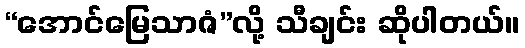
“အောင်မြေသာဇံ”လို့ သီချင်း ဆိုပါတယ်။